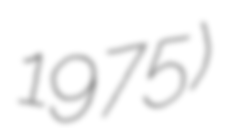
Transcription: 1975)